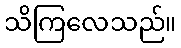
သိကြလေသည်။